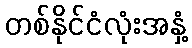
တစ်နိုင်ငံလုံးအနှံ့